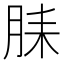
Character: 𬁻